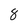
Character: 8